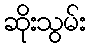
ဆိုးသွမ်း